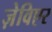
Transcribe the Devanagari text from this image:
ज़ेविएर